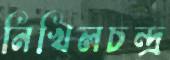
নিখিলচন্দ্র